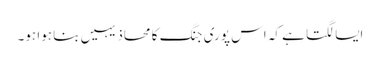
ایسا لگتا ہے کہ اس پوری جنگ کا محاذ یہیں بنا ہوا ہو۔